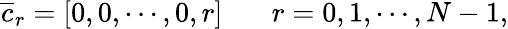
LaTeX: {\overline{{c}}}_{r}=[0,0,\cdots,0,r]\ \ \ \ \ \ \ r=0,1,\cdots,N-1,